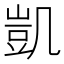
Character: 凱